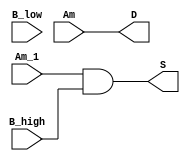
`timescale 1ns/1ns
module LUT_dse5(
    input           Am          ,
    input           B_low       ,
    input           Am_1        ,
    input           B_high      ,
    output          S           ,
    output          D           //           
);

	assign D = Am;
	assign S = Am_1 & B_high;

endmodule // LUT_dse5